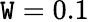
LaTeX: \mathtt{W}=0.1